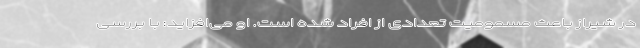
در شیراز باعث مسمومیت تعدادی از افراد شده است. او می‌افزاید: با بررسی